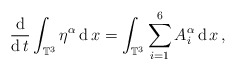
\begin{align*} \frac{\operatorname{d}}{\operatorname{d} t} \int_{\mathbb{T}^3}\eta^\alpha \operatorname{d} x= \int_{\mathbb{T}^3}\sum_{i=1}^6 A_i^\alpha \operatorname{d} x\, ,\end{align*}